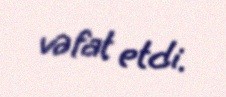
vəfat etdi.